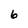
Character: 6